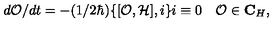
d { \cal O } / d t = - ( 1 / 2 \hbar ) \{ [ { \cal O } , { \cal H } ] , i \} i \equiv 0 \quad { \cal O } \in { \bf C } _ { H } ,